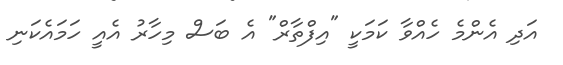
އަދި އެންމެ ހެއްވާ ކަމަކީ "އިފްތާރް" އެ ބަސް މިހާރު އެއީ ހަމައެކަނި